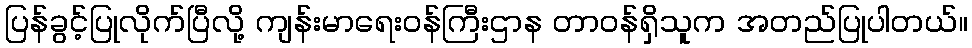
ပြန်ခွင့်ပြုလိုက်ပြီလို့ ကျန်းမာရေးဝန်ကြီးဌာန တာဝန်ရှိသူက အတည်ပြုပါတယ်။